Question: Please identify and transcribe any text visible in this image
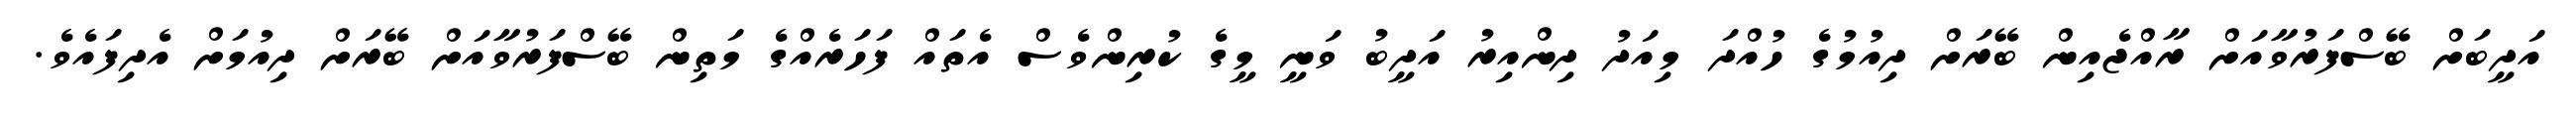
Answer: އަދީބަށް ބޭސްފަރުވާއަށް ރާއްޖެއިން ބޭރަށް ދިއުމުގެ ހުއްދަ މިއަދު ދިންއިރު އަދީބު ވަނީ މީގެ ކުރިންވެސް އެތައް ފަހަރެއްގެ މަތިން ބޭސްފަރުވާއަށް ބޭރަށް ދިއުމަށް އެދިފައެވެ.